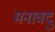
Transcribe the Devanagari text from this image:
मनावदु